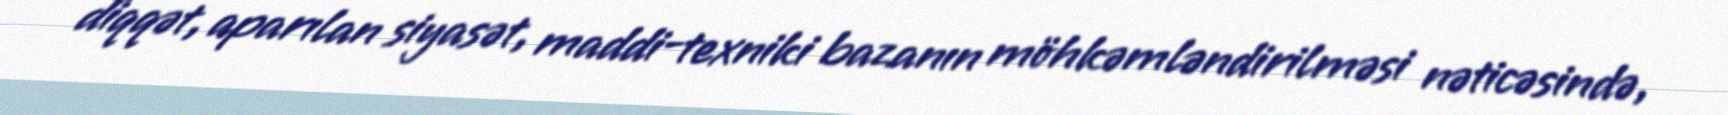
diqqət, aparılan siyasət, maddi-texniki bazanın möhkəmləndirilməsi nəticəsində,